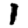
Digit: 1